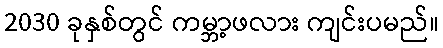
2030 ခုနှစ်တွင် ကမ္ဘာ့ဖလား ကျင်းပမည်။